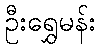
ဦးရွှေမန်း